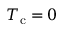
T _ { \mathrm { c } } = 0